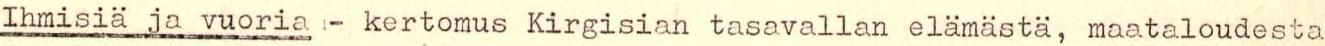
Ihmisiä ja vuoria - kertomus Kirgisian tasavallan elämästä, maataloudesta